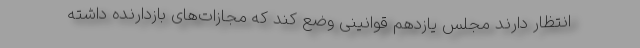
انتظار دارند مجلس یازدهم قوانینی وضع کند که مجازات‌های بازدارنده داشته